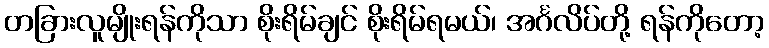
တခြားလူမျိုးရန်ကိုသာ စိုးရိမ်ချင် စိုးရိမ်ရမယ်၊ အင်္ဂလိပ်တို့ ရန်ကိုတော့